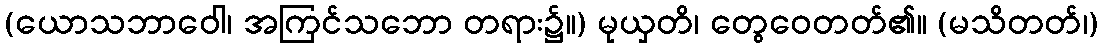
(ယောသဘာဝေါ၊ အကြင်သဘော တရား၌။) မုယှတိ၊ တွေဝေတတ်၏။ (မသိတတ်၊)